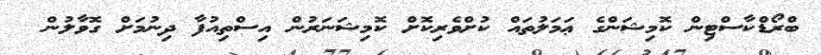
ބްރޯޑްކާސްޓިން ކޮމިޝަންގެ ޢަމަލުތައް ކުށްވެރިކޮށް ކޮމިޝަނަރުން އިސްތިއުފާ ދިނުމަށް ގޮވާލުން